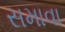
સમાવા